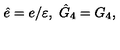
\hat { e } = e / \varepsilon , \ \hat { G } _ { 4 } = G _ { 4 } ,